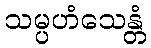
သမ္ပဟံသေန္တံ